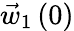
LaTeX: \vec{w}_{1}\left(0\right)